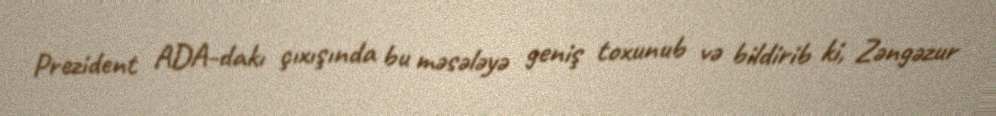
Prezident ADA-dakı çıxışında bu məsələyə geniş toxunub və bildirib ki, Zəngəzur